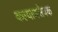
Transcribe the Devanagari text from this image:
कल्याणसेवक